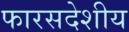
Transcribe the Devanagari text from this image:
फारसदेशीय